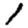
Digit: 1